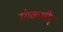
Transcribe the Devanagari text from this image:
रंगकमीर्